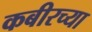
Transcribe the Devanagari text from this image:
कबीरच्या